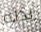
بدله